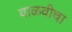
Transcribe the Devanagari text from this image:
वाळवीचा